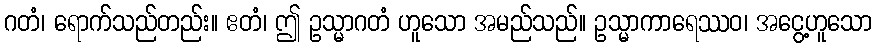
ဂတံ၊ ရောက်သည်တည်း။ ဧတံ၊ ဤ ဥသ္မာဂတံ ဟူသော အမည်သည်။ ဥသ္မာကာရေဿဝ၊ အငွေ့ဟူသော